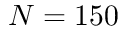
N = 1 5 0